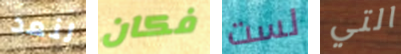
لنعد فكان لست التي